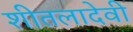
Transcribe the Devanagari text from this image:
शीतलादेवी